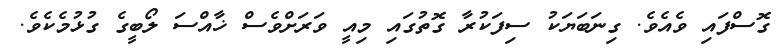
ގޮސްފައި ވެއެވެ. ގިނަބަޔަކު ސިފަކުރާ ގޮތުގައި މިއީ ވަރަށްވެސް ޚާއްސަ ލޯބީގެ ގުޅުމެކެވެ.